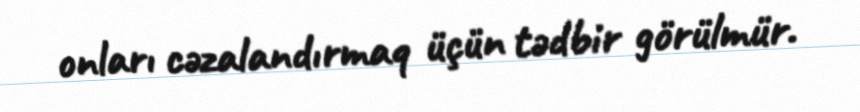
onları cəzalandırmaq üçün tədbir görülmür.